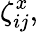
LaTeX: \zeta_{ij}^{x},